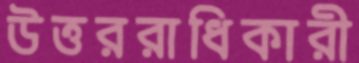
উত্তররাধিকারী